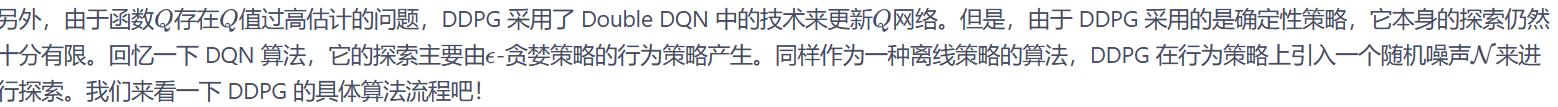
另外，由于函数$Q$存在$Q$值过高估计的问题，DDPG 采用了 Double DQN 中的技术来更新$Q$网络。但是，由于 DDPG 采用的是确定性策略，它本身的探索仍然十分有限。回忆一下 DQN 算法，它的探索主要由$\epsilon$-贪婪策略的行为策略产生。同样作为一种离线策略的算法，DDPG 在行为策略上引入一个随机噪声$\mathcal{N}$来进行探索。我们来看一下 DDPG 的具体算法流程吧！